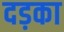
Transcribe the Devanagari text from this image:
दड़का